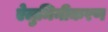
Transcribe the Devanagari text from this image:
ऐलुमिनीकरण